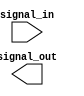
module io_blocks_low_power_buffer (
    input wire signal_in,
    output reg signal_out
);

always @ (signal_in)
begin
    // Insert Verilog code for low-power buffer functionality here
end

endmodule